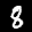
Label: 8